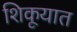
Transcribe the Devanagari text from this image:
शिकूयात